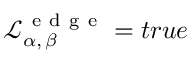
\mathcal { L } _ { \alpha , \, \beta } ^ { \mathrm { ~ e ~ d ~ g ~ e ~ } } = t r u e